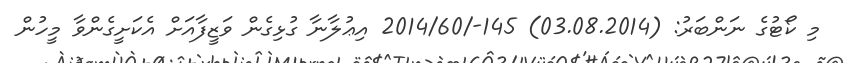
މި ކޯޓުގެ ނަންބަރު: (03.08.2014) 145-/2014/60 އިޢުލާނާ ގުޅިގެން ވަޒީފާއަށް އެކަށީގެންވާ މީހުން